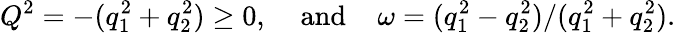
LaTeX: Q^{2}=-(q_{1}^{2}+q_{2}^{2})\geq 0,\; \; \; \; \mathrm{and}\; \; \; \; \omega=(q_{1}^{2}-q_{2}^{2})/(q_{1}^{2}+q_{2}^{2}).